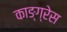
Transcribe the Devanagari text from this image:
काङ्ग्रेस